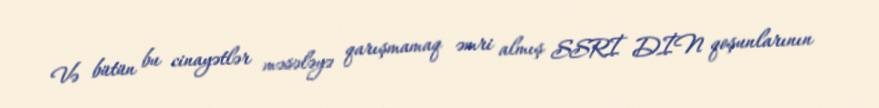
Və bütün bu cinayətlər məsələyə qarışmamaq əmri almış SSRİ DİN qoşunlarının